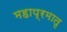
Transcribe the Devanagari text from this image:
महाप्रमातृ